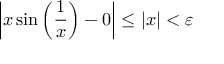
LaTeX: \left| x \sin { \left( { \frac { 1 } { x } } \right) } - 0 \right| \leq | x | < \varepsilon